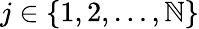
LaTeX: j\in\{ 1,2,\dots,\mathbb{N}\}